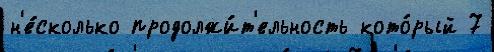
н'е́сколько продолжи́т'ельность кото́рый 7